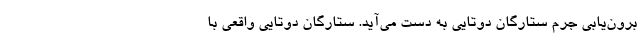
برون‌یابی جرم ستارگان دوتایی به دست می‌آید. ستارگان دوتایی واقعی با